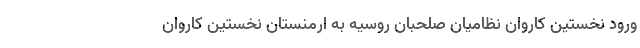
ورود نخستین کاروان نظامیان صلحبان روسیه به ارمنستان نخستین کاروان